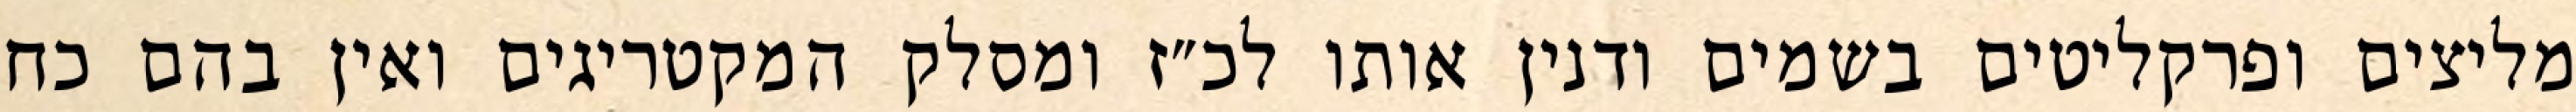
מליצים ופרקליטים בשמים ודנין אותו לכ״ז ומסלק המקטריגים ואין בהם כח